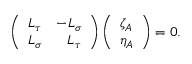
\left( \begin{array} { r r } { { L _ { \tau } } } & { { - L _ { \sigma } } } \\ { { L _ { \sigma } } } & { { L _ { \tau } } } \end{array} \right) \left( \begin{array} { l } { { \zeta _ { A } } } \\ { { \eta _ { A } } } \end{array} \right) = 0 .